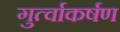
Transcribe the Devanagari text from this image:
गुर्त्वाकर्षण